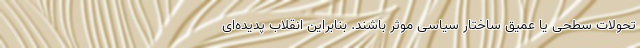
تحولات سطحی یا عمیق ساختار سیاسی موثر باشند. بنابراین انقلاب پدیده‌ای